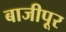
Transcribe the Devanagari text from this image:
बाजीपूर